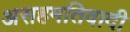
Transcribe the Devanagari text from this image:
असहमतिवादी